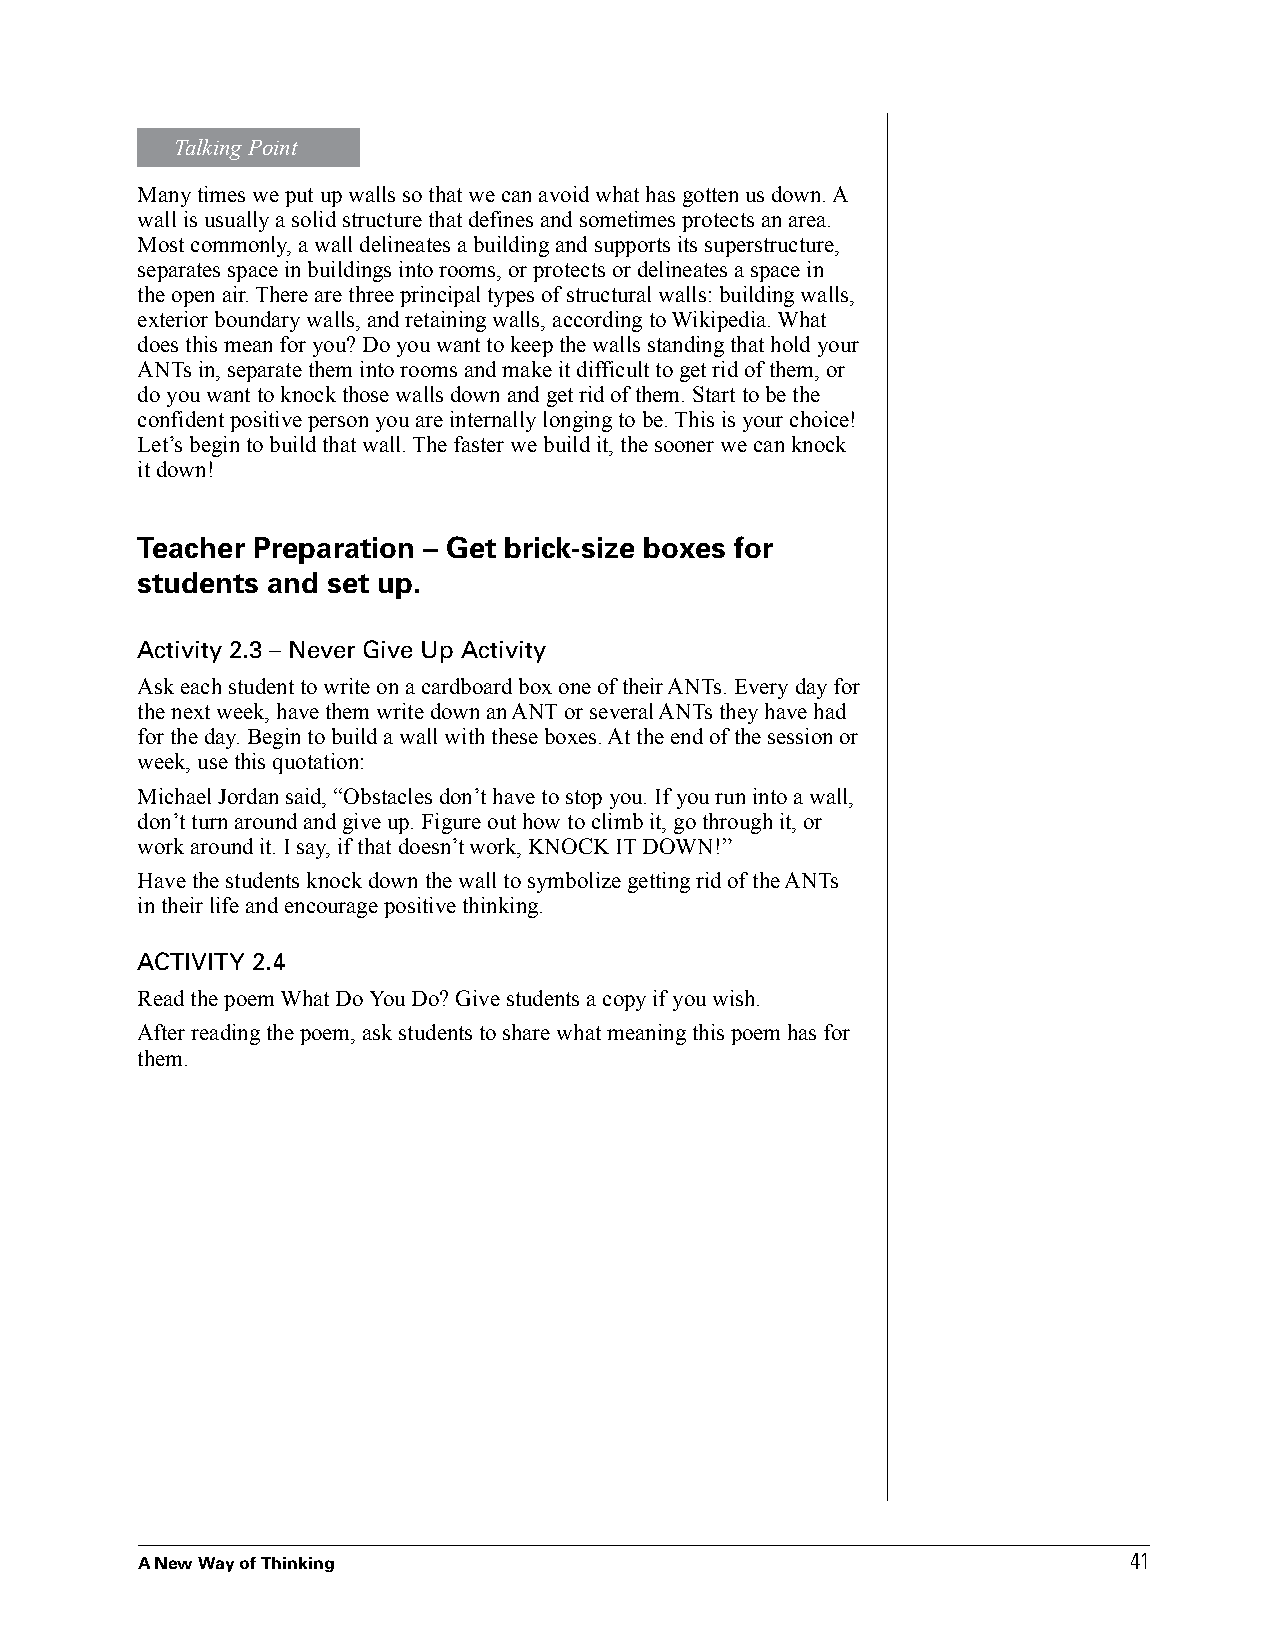
Talking Point
 Many times we put up walls so that we can avoid what has gotten us down. A
 wall is usually a solid structure that defines and sometimes protects an area.
 Most commonly, a wall delineates a building and supports its superstructure,
 separates space in buildings into rooms, or protects or delineates a space in
 the open air. There are three principal types of structural walls: building walls,
 exterior boundary walls, and retaining walls, according to Wikipedia. What
 does this mean for you? Do you want to keep the walls standing that hold your
 ANTs in, separate them into rooms and make it difficult to get rid of them, or
 do you want to knock those walls down and get rid of them. Start to be the
 confident positive person you are internally longing to be. This is your choice!
 Let’s begin to build that wall. The faster we build it, the sooner we can knock
 it down!
 Teacher Preparation – Get brick-size boxes for
 students and set up.
 Activity 2.3 – Never Give Up Activity
 Ask each student to write on a cardboard box one of their ANTs. Every day for
 the next week, have them write down an ANT or several ANTs they have had
 for the day. Begin to build a wall with these boxes. At the end of the session or
 week, use this quotation:
 Michael Jordan said, “Obstacles don’t have to stop you. If you run into a wall,
 don’t turn around and give up. Figure out how to climb it, go through it, or
 work around it. I say, if that doesn’t work, KNOCK IT DOWN!”
 Have the students knock down the wall to symbolize getting rid of the ANTs
 in their life and encourage positive thinking.
 ACTIVITY 2.4
 Read the poem What Do You Do? Give students a copy if you wish.
 After reading the poem, ask students to share what meaning this poem has for
 them.
 41
 A New Way of Thinking